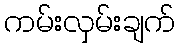
ကမ်းလှမ်းချက်